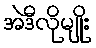
အဲဒီလိုမျိုး